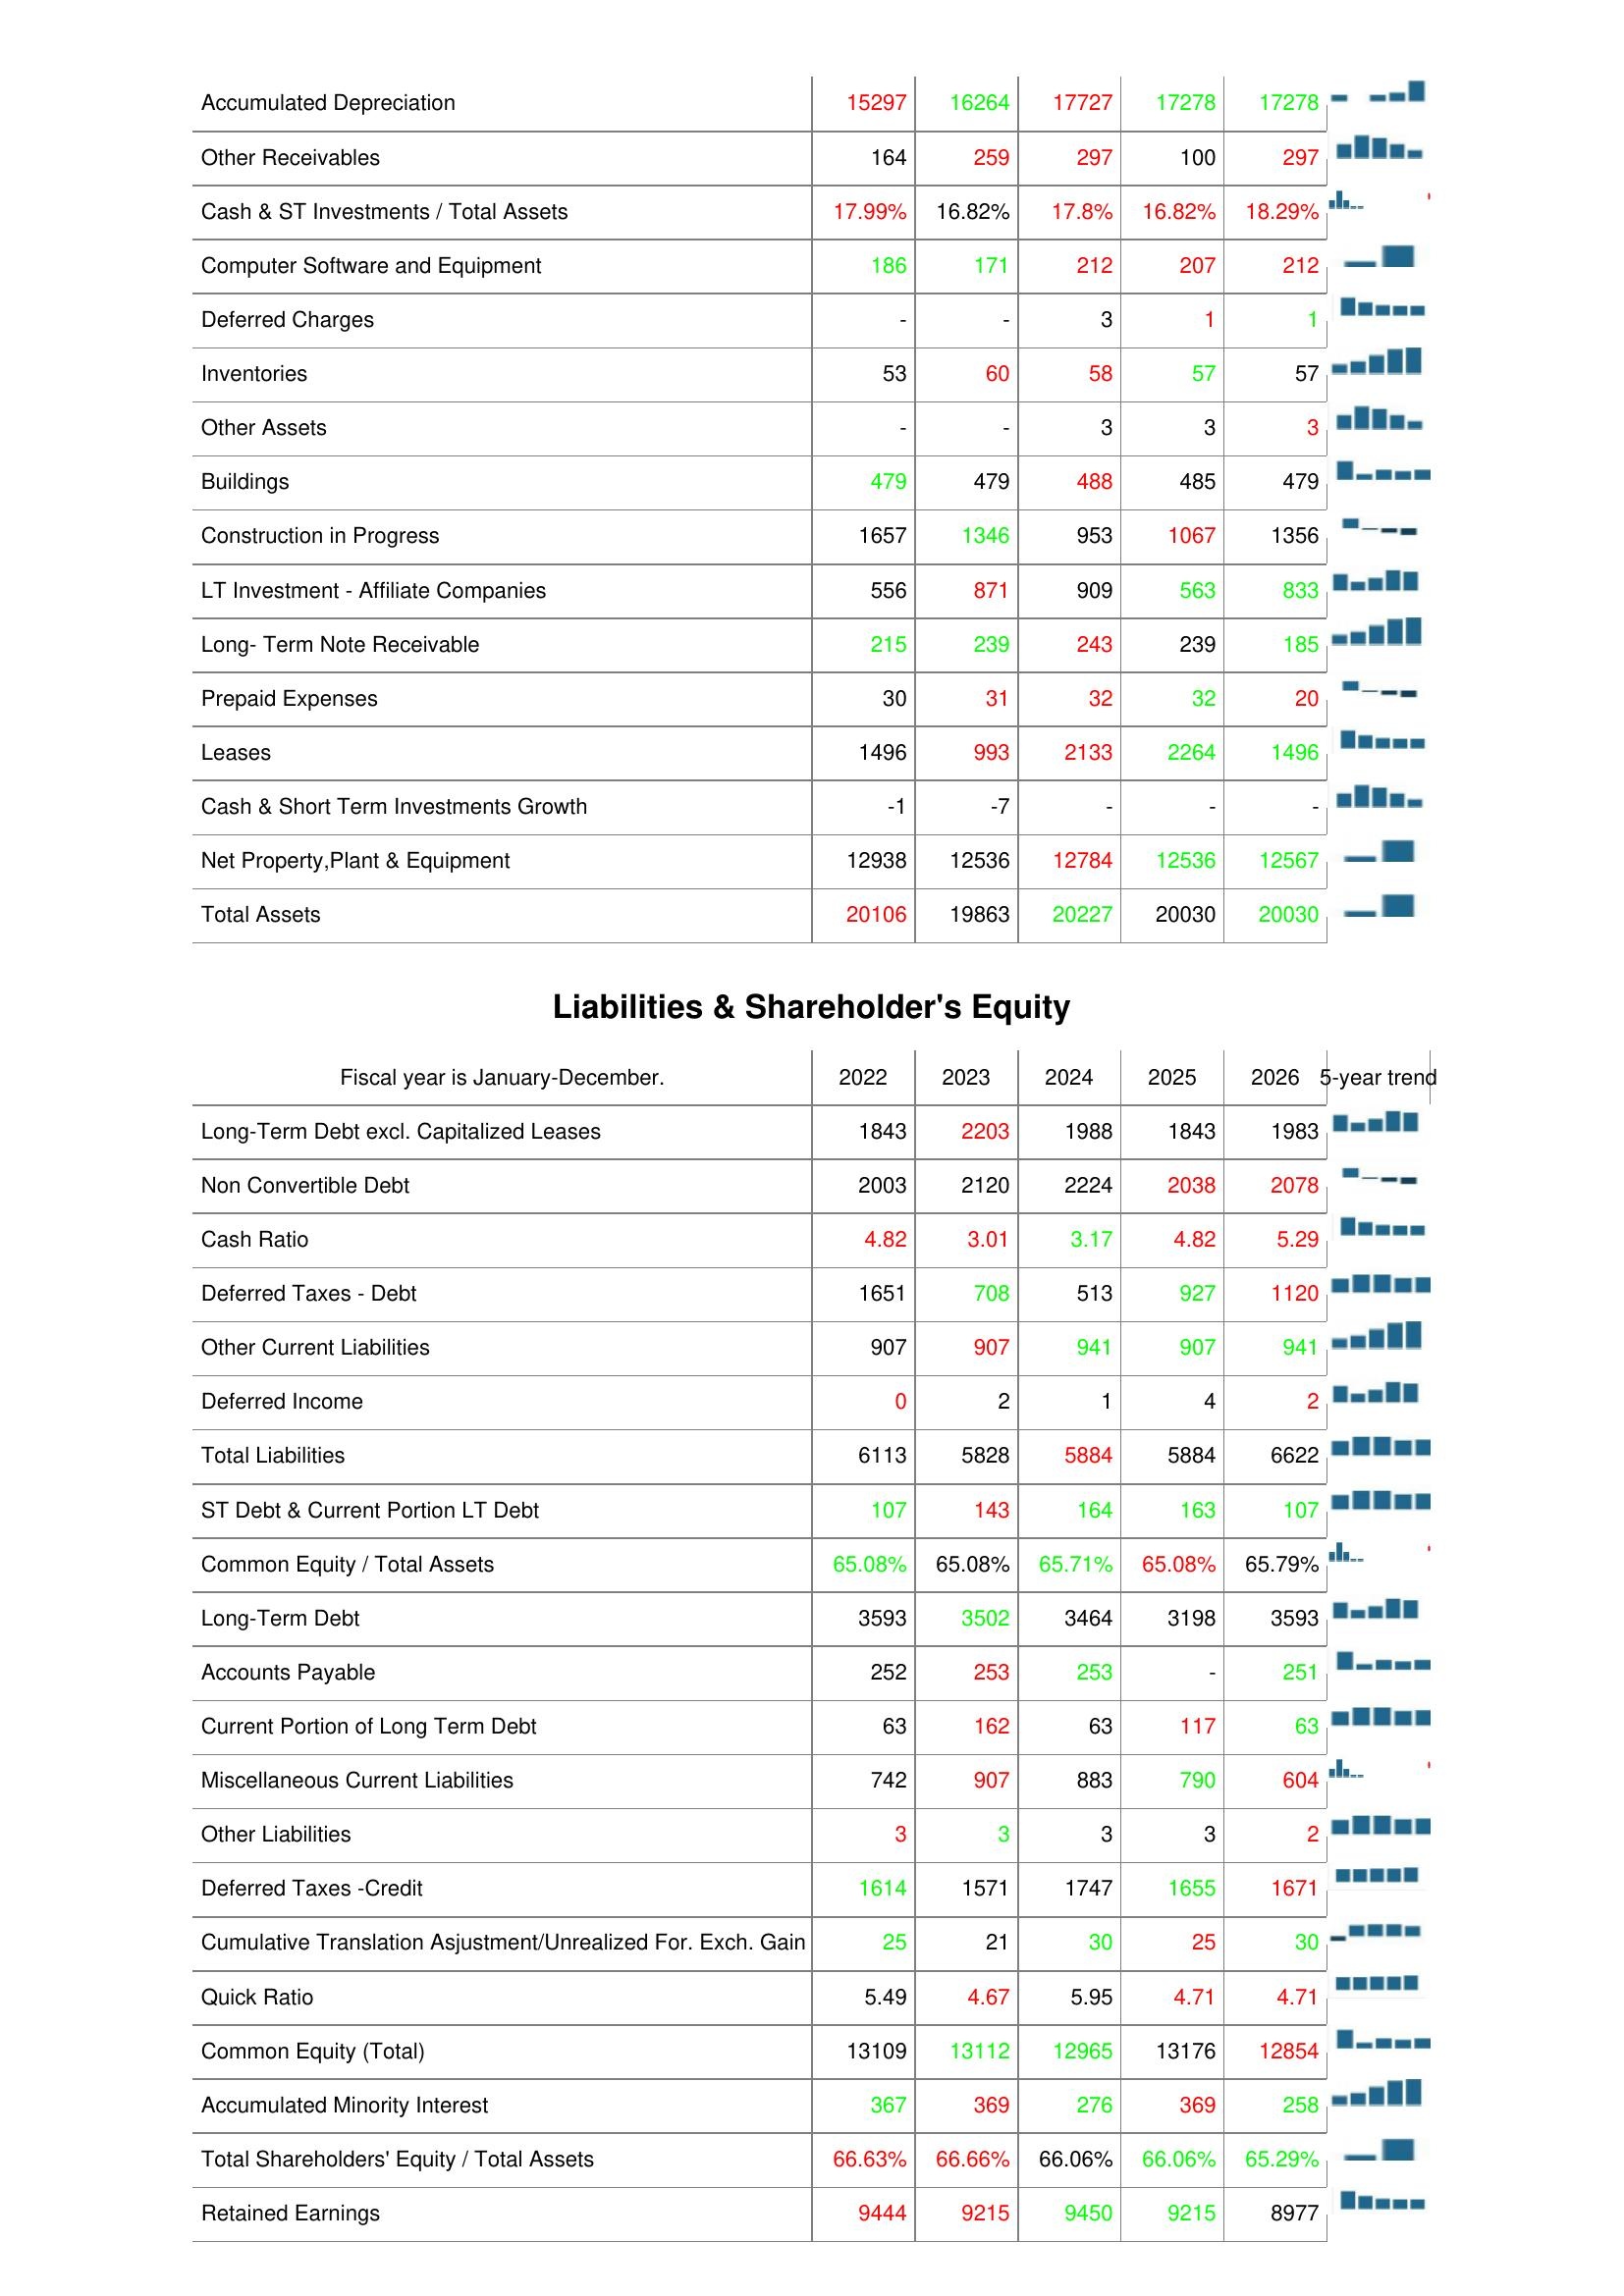
2022: Assets: Accumulated Depreciation: 15297
Other Receivables: 164
Cash & ST Investments / Total Assets: 17.99%
Computer Software and Equipment: 186
Deferred Charges: -
Inventories: 53
Other Assets: -
Buildings: 479
Construction in Progress: 1657
LT Investment - Affiliate Companies: 556
Long- Term Note Receivable: 215
Prepaid Expenses: 30
Leases: 1496
Cash & Short Term Investments Growth: -1
Net Property,Plant & Equipment: 12938
Total Assets: 20106
Liabilities & Shareholder's Equity: Long-Term Debt excl. Capitalized Leases: 1843
Non Convertible Debt: 2003
Cash Ratio: 4.82
Deferred Taxes - Debt: 1651
Other Current Liabilities: 907
Deferred Income: 0
Total Liabilities: 6113
ST Debt & Current Portion LT Debt: 107
Common Equity / Total Assets: 65.08%
Long-Term Debt: 3593
Accounts Payable: 252
Current Portion of Long Term Debt: 63
Miscellaneous Current Liabilities: 742
Other Liabilities: 3
Deferred Taxes -Credit: 1614
Cumulative Translation Asjustment/Unrealized For. Exch. Gain: 25
Quick Ratio: 5.49
Common Equity (Total): 13109
Accumulated Minority Interest: 367
Total Shareholders' Equity / Total Assets: 66.63%
Retained Earnings: 9444
2023: Assets: Accumulated Depreciation: 16264
Other Receivables: 259
Cash & ST Investments / Total Assets: 16.82%
Computer Software and Equipment: 171
Deferred Charges: -
Inventories: 60
Other Assets: -
Buildings: 479
Construction in Progress: 1346
LT Investment - Affiliate Companies: 871
Long- Term Note Receivable: 239
Prepaid Expenses: 31
Leases: 993
Cash & Short Term Investments Growth: -7
Net Property,Plant & Equipment: 12536
Total Assets: 19863
Liabilities & Shareholder's Equity: Long-Term Debt excl. Capitalized Leases: 2203
Non Convertible Debt: 2120
Cash Ratio: 3.01
Deferred Taxes - Debt: 708
Other Current Liabilities: 907
Deferred Income: 2
Total Liabilities: 5828
ST Debt & Current Portion LT Debt: 143
Common Equity / Total Assets: 65.08%
Long-Term Debt: 3502
Accounts Payable: 253
Current Portion of Long Term Debt: 162
Miscellaneous Current Liabilities: 907
Other Liabilities: 3
Deferred Taxes -Credit: 1571
Cumulative Translation Asjustment/Unrealized For. Exch. Gain: 21
Quick Ratio: 4.67
Common Equity (Total): 13112
Accumulated Minority Interest: 369
Total Shareholders' Equity / Total Assets: 66.66%
Retained Earnings: 9215
2024: Assets: Accumulated Depreciation: 17727
Other Receivables: 297
Cash & ST Investments / Total Assets: 17.8%
Computer Software and Equipment: 212
Deferred Charges: 3
Inventories: 58
Other Assets: 3
Buildings: 488
Construction in Progress: 953
LT Investment - Affiliate Companies: 909
Long- Term Note Receivable: 243
Prepaid Expenses: 32
Leases: 2133
Cash & Short Term Investments Growth: -
Net Property,Plant & Equipment: 12784
Total Assets: 20227
Liabilities & Shareholder's Equity: Long-Term Debt excl. Capitalized Leases: 1988
Non Convertible Debt: 2224
Cash Ratio: 3.17
Deferred Taxes - Debt: 513
Other Current Liabilities: 941
Deferred Income: 1
Total Liabilities: 5884
ST Debt & Current Portion LT Debt: 164
Common Equity / Total Assets: 65.71%
Long-Term Debt: 3464
Accounts Payable: 253
Current Portion of Long Term Debt: 63
Miscellaneous Current Liabilities: 883
Other Liabilities: 3
Deferred Taxes -Credit: 1747
Cumulative Translation Asjustment/Unrealized For. Exch. Gain: 30
Quick Ratio: 5.95
Common Equity (Total): 12965
Accumulated Minority Interest: 276
Total Shareholders' Equity / Total Assets: 66.06%
Retained Earnings: 9450
2025: Assets: Accumulated Depreciation: 17278
Other Receivables: 100
Cash & ST Investments / Total Assets: 16.82%
Computer Software and Equipment: 207
Deferred Charges: 1
Inventories: 57
Other Assets: 3
Buildings: 485
Construction in Progress: 1067
LT Investment - Affiliate Companies: 563
Long- Term Note Receivable: 239
Prepaid Expenses: 32
Leases: 2264
Cash & Short Term Investments Growth: -
Net Property,Plant & Equipment: 12536
Total Assets: 20030
Liabilities & Shareholder's Equity: Long-Term Debt excl. Capitalized Leases: 1843
Non Convertible Debt: 2038
Cash Ratio: 4.82
Deferred Taxes - Debt: 927
Other Current Liabilities: 907
Deferred Income: 4
Total Liabilities: 5884
ST Debt & Current Portion LT Debt: 163
Common Equity / Total Assets: 65.08%
Long-Term Debt: 3198
Accounts Payable: -
Current Portion of Long Term Debt: 117
Miscellaneous Current Liabilities: 790
Other Liabilities: 3
Deferred Taxes -Credit: 1655
Cumulative Translation Asjustment/Unrealized For. Exch. Gain: 25
Quick Ratio: 4.71
Common Equity (Total): 13176
Accumulated Minority Interest: 369
Total Shareholders' Equity / Total Assets: 66.06%
Retained Earnings: 9215
2026: Assets: Accumulated Depreciation: 17278
Other Receivables: 297
Cash & ST Investments / Total Assets: 18.29%
Computer Software and Equipment: 212
Deferred Charges: 1
Inventories: 57
Other Assets: 3
Buildings: 479
Construction in Progress: 1356
LT Investment - Affiliate Companies: 833
Long- Term Note Receivable: 185
Prepaid Expenses: 20
Leases: 1496
Cash & Short Term Investments Growth: -
Net Property,Plant & Equipment: 12567
Total Assets: 20030
Liabilities & Shareholder's Equity: Long-Term Debt excl. Capitalized Leases: 1983
Non Convertible Debt: 2078
Cash Ratio: 5.29
Deferred Taxes - Debt: 1120
Other Current Liabilities: 941
Deferred Income: 2
Total Liabilities: 6622
ST Debt & Current Portion LT Debt: 107
Common Equity / Total Assets: 65.79%
Long-Term Debt: 3593
Accounts Payable: 251
Current Portion of Long Term Debt: 63
Miscellaneous Current Liabilities: 604
Other Liabilities: 2
Deferred Taxes -Credit: 1671
Cumulative Translation Asjustment/Unrealized For. Exch. Gain: 30
Quick Ratio: 4.71
Common Equity (Total): 12854
Accumulated Minority Interest: 258
Total Shareholders' Equity / Total Assets: 65.29%
Retained Earnings: 8977